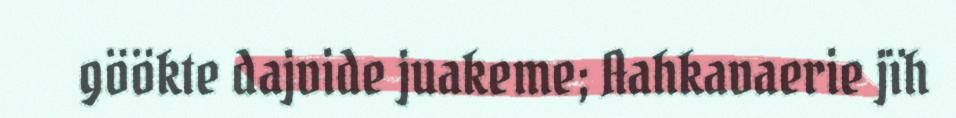
göökte dajvide juakeme; Aahkavaerie jïh